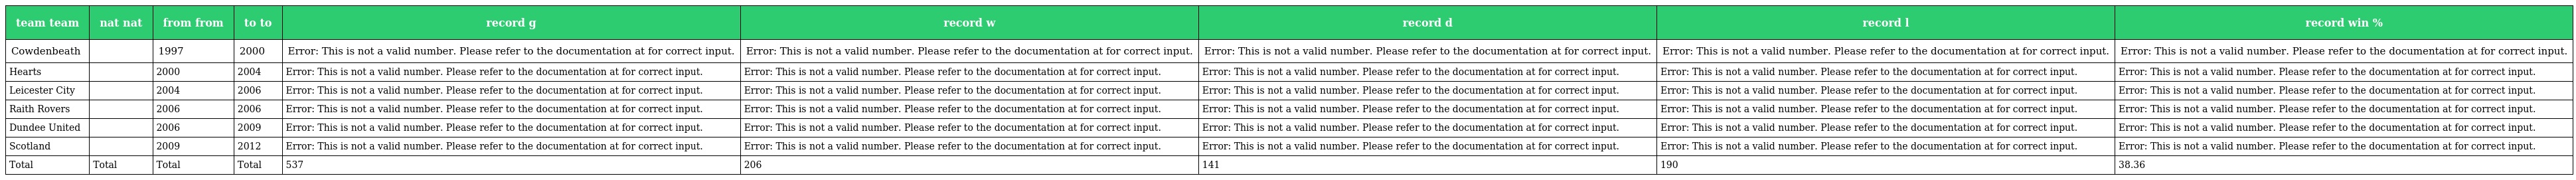
| team team | nat nat | from from | to to | record g | record w | record d | record l | record win % |
 | --- | --- | --- | --- | --- | --- | --- | --- | --- |
 | Cowdenbeath |  | 1997 | 2000 | Error: This is not a valid number. Please refer to the documentation at for correct input. | Error: This is not a valid number. Please refer to the documentation at for correct input. | Error: This is not a valid number. Please refer to the documentation at for correct input. | Error: This is not a valid number. Please refer to the documentation at for correct input. | Error: This is not a valid number. Please refer to the documentation at for correct input. |
 | Hearts |  | 2000 | 2004 | Error: This is not a valid number. Please refer to the documentation at for correct input. | Error: This is not a valid number. Please refer to the documentation at for correct input. | Error: This is not a valid number. Please refer to the documentation at for correct input. | Error: This is not a valid number. Please refer to the documentation at for correct input. | Error: This is not a valid number. Please refer to the documentation at for correct input. |
 | Leicester City |  | 2004 | 2006 | Error: This is not a valid number. Please refer to the documentation at for correct input. | Error: This is not a valid number. Please refer to the documentation at for correct input. | Error: This is not a valid number. Please refer to the documentation at for correct input. | Error: This is not a valid number. Please refer to the documentation at for correct input. | Error: This is not a valid number. Please refer to the documentation at for correct input. |
 | Raith Rovers |  | 2006 | 2006 | Error: This is not a valid number. Please refer to the documentation at for correct input. | Error: This is not a valid number. Please refer to the documentation at for correct input. | Error: This is not a valid number. Please refer to the documentation at for correct input. | Error: This is not a valid number. Please refer to the documentation at for correct input. | Error: This is not a valid number. Please refer to the documentation at for correct input. |
 | Dundee United |  | 2006 | 2009 | Error: This is not a valid number. Please refer to the documentation at for correct input. | Error: This is not a valid number. Please refer to the documentation at for correct input. | Error: This is not a valid number. Please refer to the documentation at for correct input. | Error: This is not a valid number. Please refer to the documentation at for correct input. | Error: This is not a valid number. Please refer to the documentation at for correct input. |
 | Scotland |  | 2009 | 2012 | Error: This is not a valid number. Please refer to the documentation at for correct input. | Error: This is not a valid number. Please refer to the documentation at for correct input. | Error: This is not a valid number. Please refer to the documentation at for correct input. | Error: This is not a valid number. Please refer to the documentation at for correct input. | Error: This is not a valid number. Please refer to the documentation at for correct input. |
 | Total | Total | Total | Total | 537 | 206 | 141 | 190 | 38.36 |